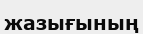
жазығының